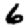
Digit: 6